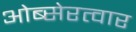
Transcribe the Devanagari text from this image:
ओब्सेरत्वार